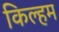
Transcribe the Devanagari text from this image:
किल्हम